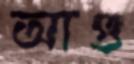
আগু